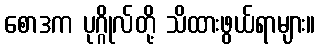
စောဒက ပုဂ္ဂိုလ်တို့ သိထားဖွယ်ရာများ။